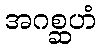
အဂစ္ဆဟံ